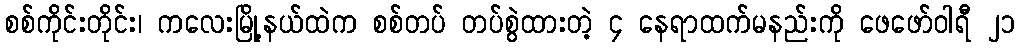
စစ်ကိုင်းတိုင်း၊ ကလေးမြို့နယ်ထဲက စစ်တပ် တပ်စွဲထားတဲ့ ၄ နေရာထက်မနည်းကို ဖေဖော်ဝါရီ ၂၁